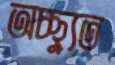
অচ্ছ্যুত